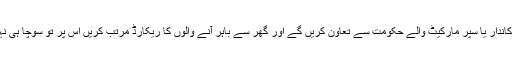
ایسے میں دکاندار یا سپر مارکیٹ والے حکومت سے تعاون کریں گے اور گھر سے باہر آنے والوں کا ریکارڈ مرتب کریں اس پر تو سوچا ہی نہیں جا سکتا۔